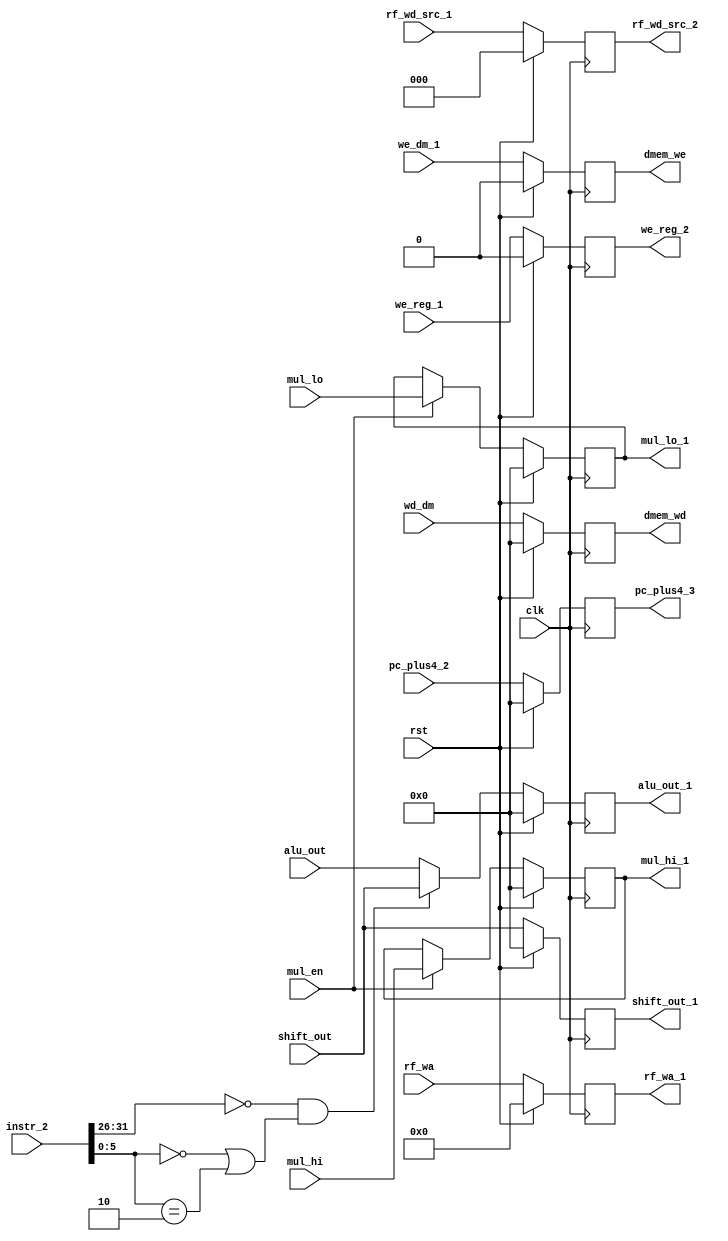
`timescale 1ns / 1ps

module exe_mem_reg(
        input wire             mul_en,
        input  wire             clk,
        input  wire             rst,
        input  wire        we_reg_1,
        input  wire             we_dm_1, 
        input  wire [2:0]  rf_wd_src_1,
        input  wire [31:0] pc_plus4_2,
        input  wire [31:0]     wd_dm,
        input  wire [31:0] mul_lo,
        input  wire [31:0] mul_hi,
        input wire  [31:0] instr_2,
        input  wire [31:0] alu_out,
        input  wire [31:0] shift_out,
        input  wire [4:0] rf_wa,  
        output reg  [2:0]  rf_wd_src_2,
        output reg  [31:0] pc_plus4_3,
        output reg  [31:0] dmem_wd,
        output reg  [31:0] mul_lo_1,
        output reg  [31:0] mul_hi_1,
        output reg  [31:0] alu_out_1,
        output reg  [31:0] shift_out_1,
        output reg  [4:0] rf_wa_1,
        output reg  dmem_we,
        output reg we_reg_2
);
    wire [5:0] op, func;
    assign op = instr_2[31:26];
    assign func = instr_2[5:0];
 
    always @ (posedge clk) begin
        if (rst) begin
            rf_wd_src_2 <= 0;
            pc_plus4_3 <= 0;
            dmem_we <= 0;
            dmem_wd <= 0;
            mul_lo_1 <= 0;
            mul_hi_1 <= 0;
            alu_out_1 <= 0;
            shift_out_1 <= 0;
            rf_wa_1 <= 0;
            we_reg_2 <= 0;
        end
        else begin
            rf_wd_src_2 <= rf_wd_src_1;
            pc_plus4_3 <= pc_plus4_2;
            dmem_we <= we_dm_1;
            dmem_wd <= wd_dm;
            alu_out_1 <= op == 0 && (func == 0 || func == 2) ? shift_out : alu_out ;
            shift_out_1 <= shift_out;
            rf_wa_1 <= rf_wa;
            we_reg_2 <= we_reg_1;
            if(mul_en) begin
                mul_lo_1 <= mul_lo;
                mul_hi_1 <= mul_hi;
            end
            else begin
                mul_hi_1 <= mul_hi_1;
                mul_lo_1 <= mul_lo_1;
            end
        end
    end
endmodule